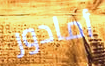
أمادور